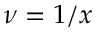
\nu = 1 / x